Source: Computer-generated
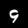
Digit: ၄ (4)